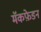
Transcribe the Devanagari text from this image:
मॅकफ़ेडन